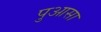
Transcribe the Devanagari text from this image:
पुआसा